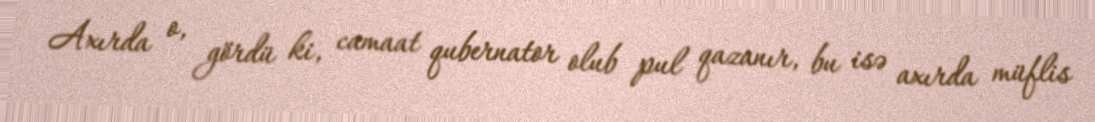
Axırda o, gördü ki, camaat qubernator olub pul qazanır, bu isə axırda müflis